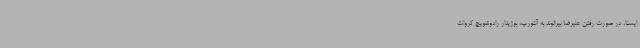
ایسنا، در صورت رفتن علیرضا بیرانوند به آنتورپ، بوژیدار رادوشویچ کروات